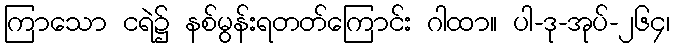
ကြာသော ငရဲ၌ နစ်မွန်းရတတ်ကြောင်း ဂါထာ။ ပါ-ဒု-အုပ်-၂၆၄၊